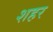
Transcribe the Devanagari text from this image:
शहर